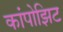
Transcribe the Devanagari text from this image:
कांपोझिट